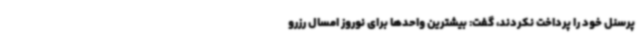
پرسنل خود را پرداخت نکردند، گفت: بیشترین واحدها برای نوروز امسال رزرو